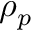
\rho _ { p }